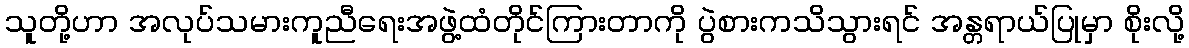
သူတို့ဟာ အလုပ်သမားကူညီရေးအဖွဲ့ထံတိုင်ကြားတာကို ပွဲစားကသိသွားရင် အန္တရာယ်ပြုမှာ စိုးလို့